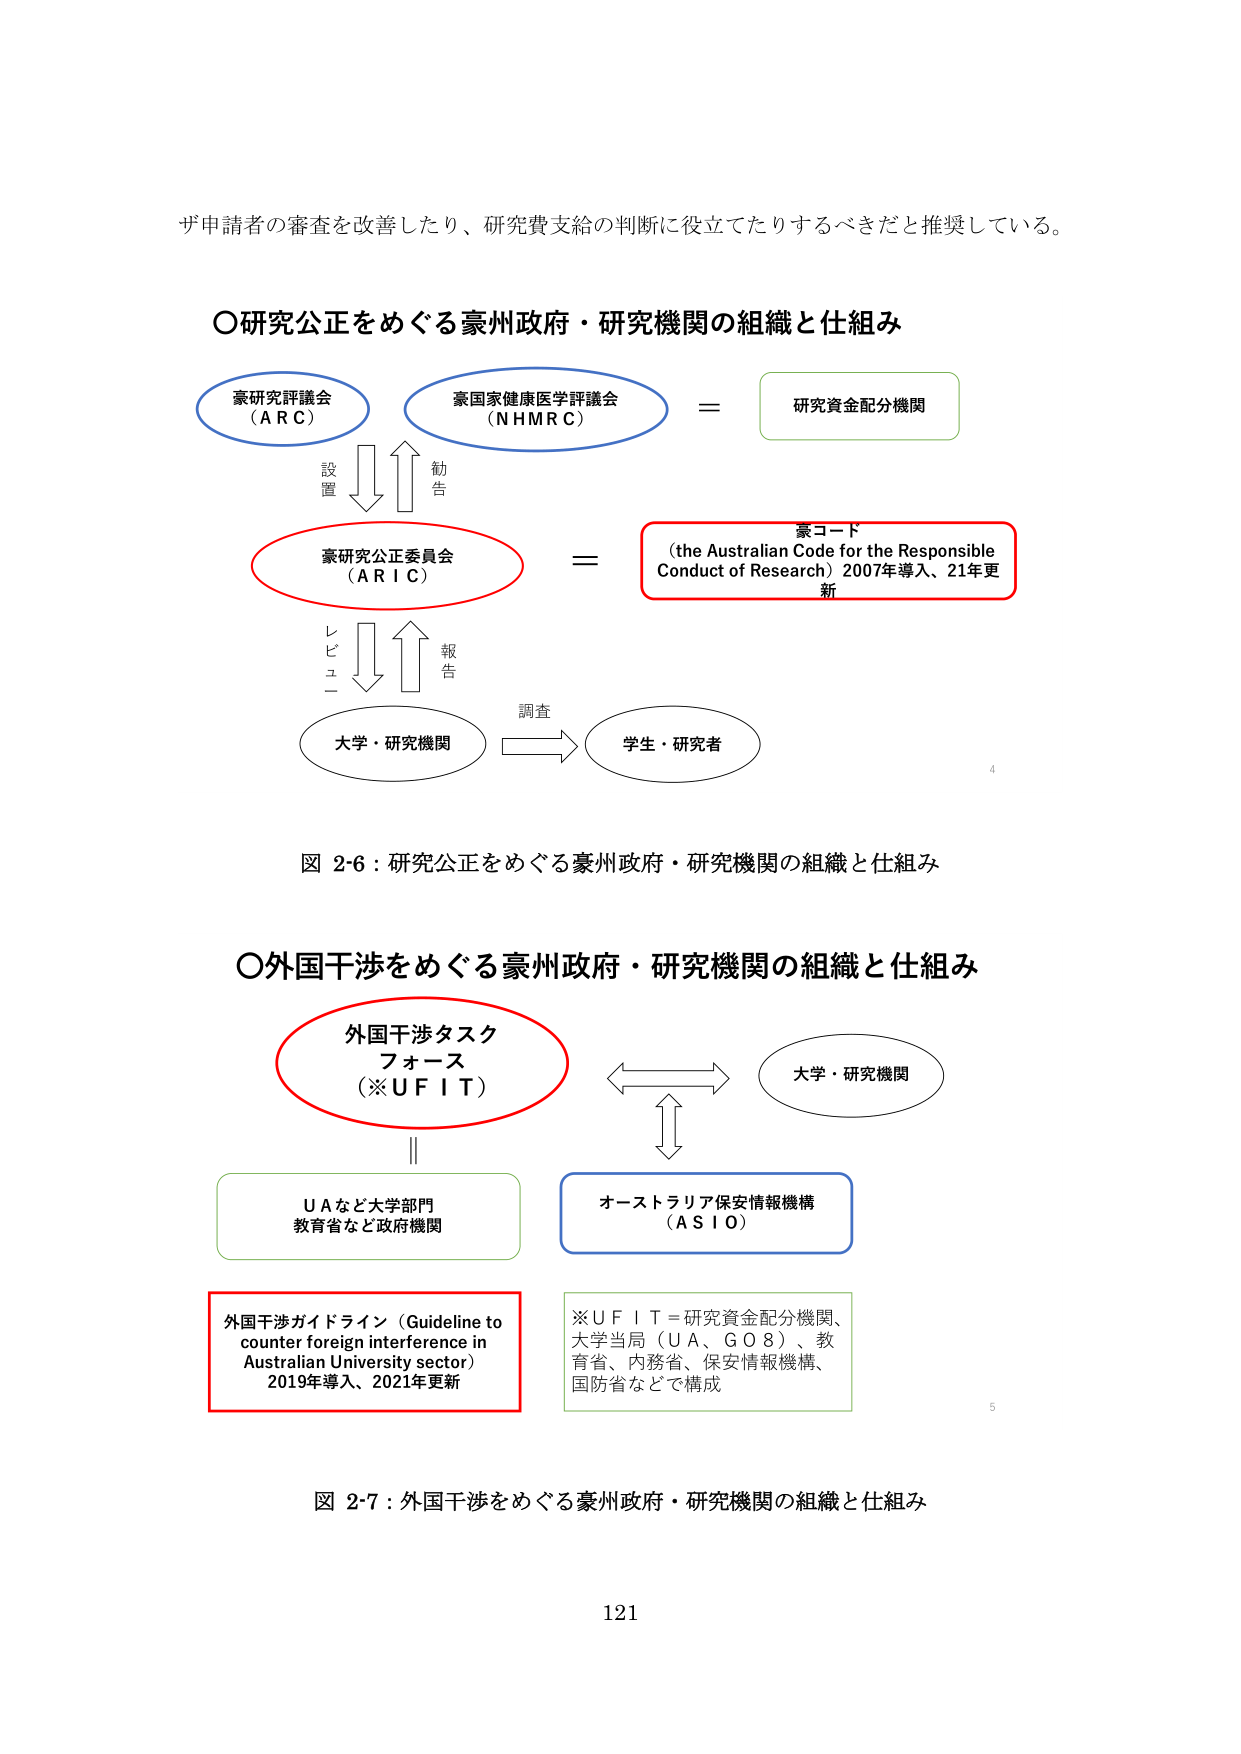
ず申請者の審査を改善したり、研究費支給の判断に役立てたりするべきだと推奨している。

〇研究公正をめぐる豪州政府・研究機関の組織と仕組み

豪研究評議会
（ＡＲＣ）

豪国家健康医学評議会
（ＮＨＭＲＣ）

＝

研究資金配分機関

設置
勧告

豪研究公正委員会
（ＡＲＩＣ）

＝

豪コード
（the Australian Code for the Responsible
Conduct of Research）2007年導入、21年更新

レビュー
報告

大学・研究機関

調査

学生・研究者

図 2-6：研究公正をめぐる豪州政府・研究機関の組織と仕組み

〇外国干渉をめぐる豪州政府・研究機関の組織と仕組み

外国干渉タスク
フォース
（※ＵＦＩＴ）

大学・研究機関

ＵＡなど大学部門
教育省など政府機関

オーストラリア保安情報機構
（ＡＳＩＯ）

外国干渉ガイドライン（Guideline to
counter foreign interference in
Australian University sector）
2019年導入、2021年更新

※ＵＦＩＴ＝研究資金配分機関、
大学当局（ＵＡ、ＧＯ８）、教
育省、内務省、保安情報機構、
国防省などで構成

図 2-7：外国干渉をめぐる豪州政府・研究機関の組織と仕組み

121